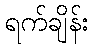
ရက်ချိန်း